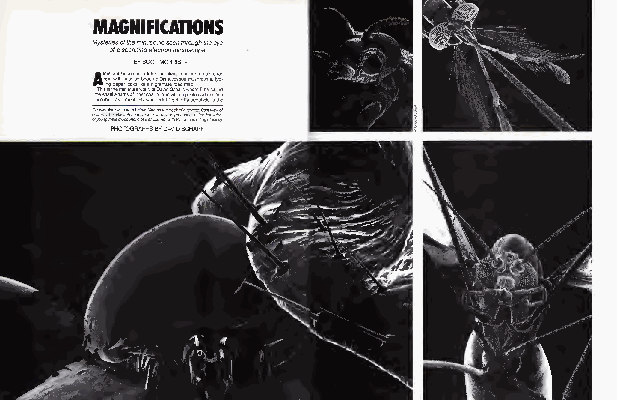
MAGNIFICATIONS
 Mysteriesoftheminusculeseenthroughthe
 ofascanningelectronmicroscope
 BYSCOTMORRIS
 A "dtel hsTeh cr iAre snirii sbe nip es ege ldta phw An a ai et dt spmhe aib "r mnh ae isa blc as soo toh ooufm likr use s ie th ns el nw li eb ok ya rere lswcf ad opuot nanomu dcfir ee egi rDs h "ft aDti uvaimc linsa .da dnr "l ee Si wy Se chrn ce h; o hoasa arsqm rdfeua f,er 'm pi swa hmj phou pu. toa es on m eh sa pr- T hAor i oe do m lsm aei es mn; cs ia ss lt ha l ty ac e hp sd es-